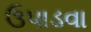
ઉપાડવા